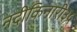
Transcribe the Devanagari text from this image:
नदीकिनारी३५